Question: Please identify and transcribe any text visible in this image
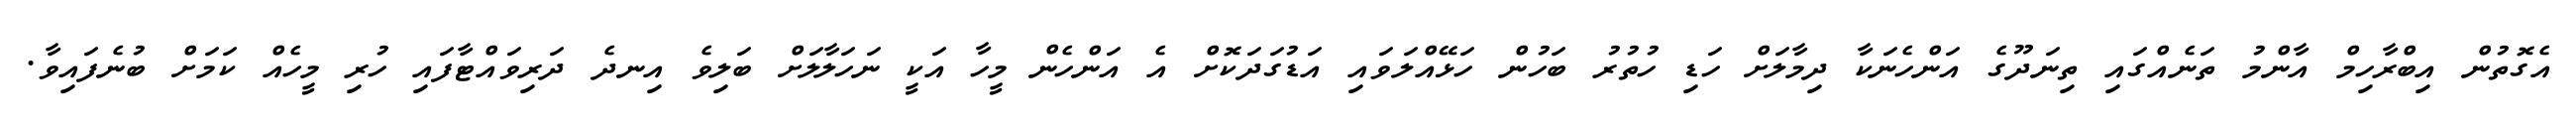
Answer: އެގޮތުން އިބްރާހިމް އާންމު ތަނެއްގައި ތިނަދޫގެ އަންހެނަކާ ދިމާލަށް ހަޑި ހުތުރު ބަހުން ހަޅޭއްލަވައި އަޑުގަދަކޮށް އެ އަންހެން މީހާ އަކީ ނަހަލާލަށް ބަލިވެ އިނދެ ދަރިވައްޓާފައި ހުރި މީހެއް ކަމަށް ބުނެފައިވާ.